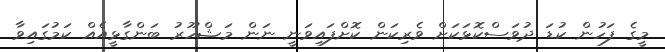
މީގެ ފަހުން ކުޑަ ދުވަސްކޮޅަކަށް ވެރިކަން ކޮށްފައިވަނީ ނަން މަޝްހޫރު ބަންގާޅީއެއް ކަމުގައިވާ